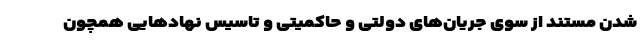
شدن مستند از سوی جریان‌های دولتی و حاکمیتی و تاسیس نهادهایی همچون